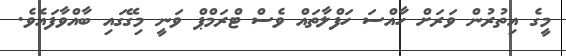
މީގެ އިތުރުން ވަރަށް ހާއްސަ ހަފްލާތައް ވެސް ޓްރަމްޕް ވަނީ މިގޭގައި ބާއްވާފައެވެ.